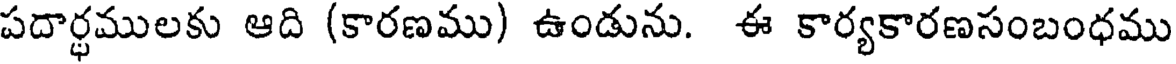
పదార్ధములకు ఆది (కారణము) ఉండును. ఈ కార్యకారణసంబంధము